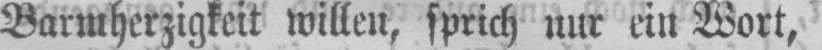
Barmherzigkeit willen, sprich nur ein Wort,